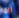
ربما